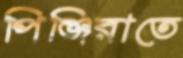
পিঞ্জিরাতে